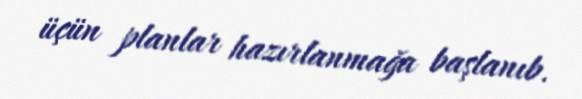
üçün planlar hazırlanmağa başlanıb.